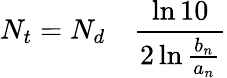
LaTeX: N_{t}=N_{d}\quad{\frac{\ln 10}{2\ln{\frac{b_{n}}{a_{n}}}}}